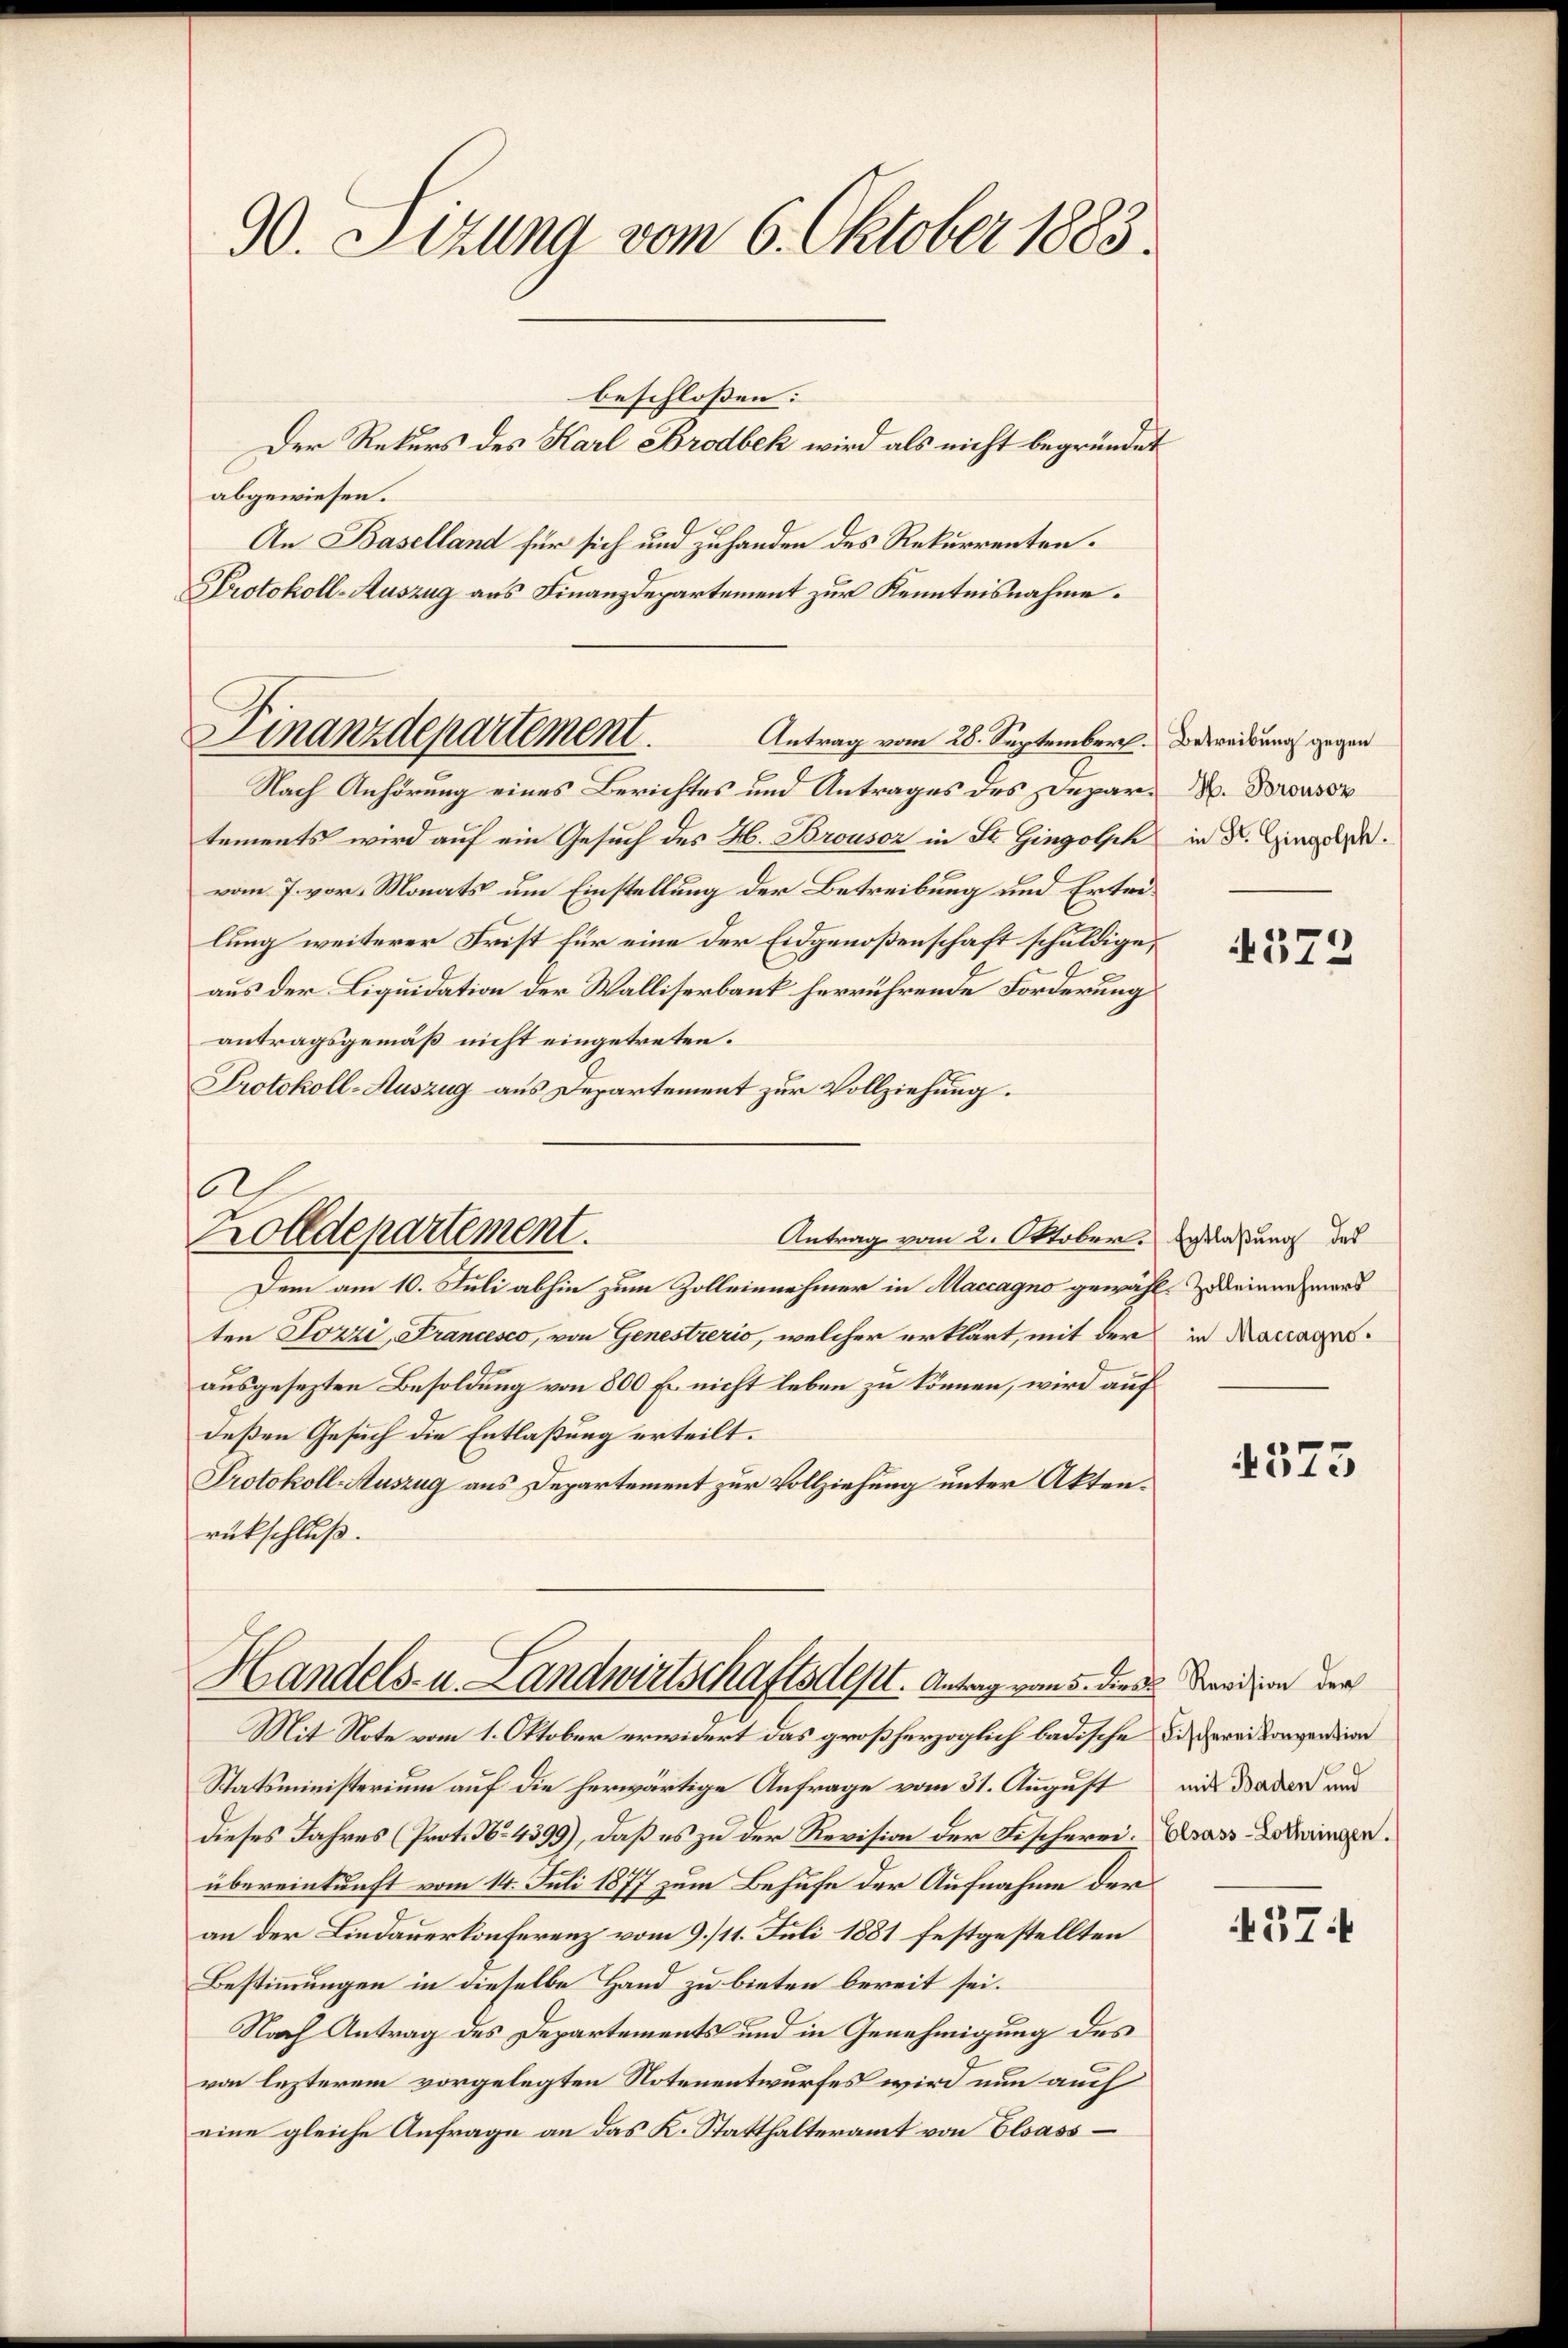
90. Setzung vom 6. Oktober 1883.

abgewiesen.
An Baselland für sich und zuhanden des Rekurrenten.
Nach Anhörung eines Berichtes und Antrages des Depar- N. Brousor
tements wird auf ein Gesuch des H. Brousor in St. Gingotsch in d. Gingere.
vom 7. vor. Monats um Einstellung der Betreibung und Erteilung weiterer Frist für eine der Eidgenoßenschaft schuldige,
aus der Liquidation der Walliserbank herrührende Forderung
antragsgemäß nicht eingetreten.
Protokoll-Auszug aus Departement zur Vollziehung.
Antrag vom 2. Oktober.
Dem am 10. Juli abhin zum Zolleinnehmer in Maccagno gewahl zu einnehmers
ten Jozzi, Francesco, von Genestrerio, welcher erklärt, mit der
ausgesezten Besoldung von 800 Fr. nicht leben zu können, wird auf
deßen Gesuch die Entlaßung erteilt.
Protokoll-Auszug aus Departement zur Vollziehung unter Aktenrückschluß.
Handels- u. Landwirtschaftsdest. Antrag vom 5. diese Sardion der
Mit Note vom 1. Oktober erwidert das großherzoglich badische Bischerei konvention
Statsministerium auf die herwärtige Anfrage vom 31. August aus Baden und
dieses Jahres (Prot. No. 4399), daß es zu der Revision der Fischerei. Asas-Bedingen.
übereinkunft vom 14. Juli 1877 zum Behufe der Aufnahme der
an der Lindauerkonferenz vom 9./11. Juli 1881 festgestellten
Bestimmungen in dieselbe Hand zu bieten bereit sei.
Nach Antrag des Departements und in Genehmigung des
von lezterem vorgelegten Notenentwurfes wird nun auch
eine gleiche Anfrage an das K. Statthalteramt von Elsass

Der Rekurs des Karl Brodbek wird als nicht begründet

Protokoll-Auszug aus Finanzdepartement zur Kenntnisnahme.
Finanzdepartement. Antrag vom 28. September. Betreibung gegen

a
Zolldepartement.

beschlossen:

4372

Entlaßung des
in Maccagno.

4373

437